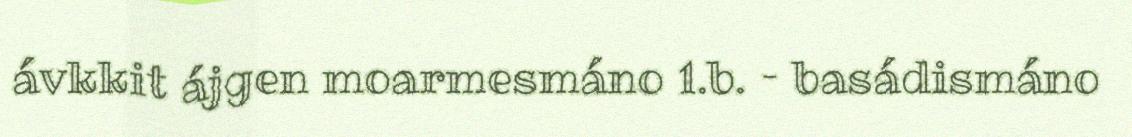
ávkkit ájgen moarmesmáno 1.b. – basádismáno